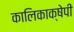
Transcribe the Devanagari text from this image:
कालिकाक्षेपी